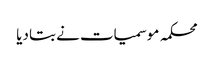
محکمہ موسمیات نے بتا دیا